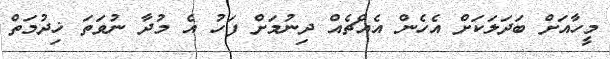
މީހާއަށް ބަދަލަކަށް އެހެން އެއްޗެއް ދިނުމަށް ފަހު އެ މުދާ ނުވަތަ ޚިދުމަތް